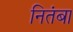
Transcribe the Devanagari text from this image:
नितंबा